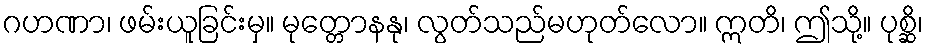
ဂဟဏာ၊ ဖမ်းယူခြင်းမှ။ မုတ္တောနနု၊ လွတ်သည်မဟုတ်လော။ ဣတိ၊ ဤသို့။ ပုစ္ဆိ၊